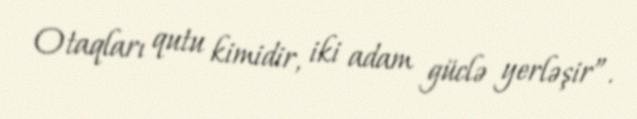
Otaqları qutu kimidir, iki adam güclə yerləşir”.